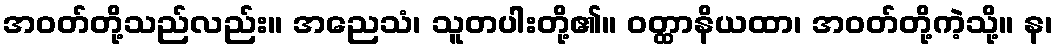
အဝတ်တို့သည်လည်း။ အညေသံ၊ သူတပါးတို့၏။ ဝတ္ထာနိယထာ၊ အဝတ်တို့ကဲ့သို့။ န၊